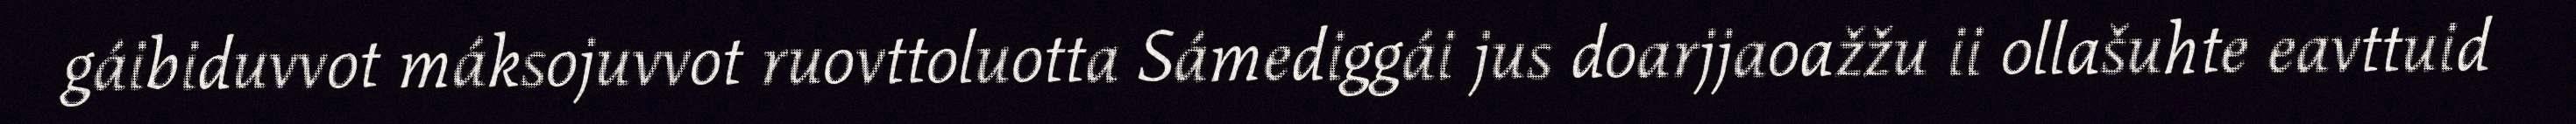
gáibiduvvot máksojuvvot ruovttoluotta Sámediggái jus doarjjaoažžu ii ollašuhte eavttuid